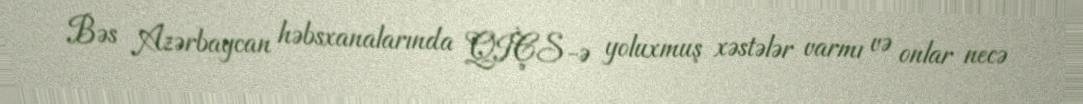
Bəs Azərbaycan həbsxanalarında QİÇS-ə yoluxmuş xəstələr varmı və onlar necə